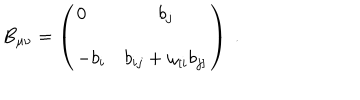
LaTeX: B _ { \mu \nu } = \left( \begin{array} { l c } { { 0 } } & { { b _ { j } } } \\ { { - b _ { i } } } & { { b _ { i j } + \omega _ { [ i } b _ { j ] } } } \\ \end{array} \right) \ .